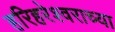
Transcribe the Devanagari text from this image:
हरिहरेश्वराच्या